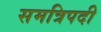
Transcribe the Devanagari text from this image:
समत्रिपदी